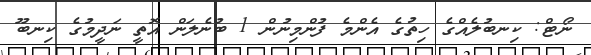
ނޯޓް: ކިނބުލެއްގެ ހިތުގެ އެންމެ ފުންމިނުން 1 ބުނެލަން އޮތީ ނަދީމުގެ ކިނބޫ